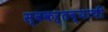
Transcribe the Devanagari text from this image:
स्वकर्तव्याची